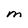
Character: M